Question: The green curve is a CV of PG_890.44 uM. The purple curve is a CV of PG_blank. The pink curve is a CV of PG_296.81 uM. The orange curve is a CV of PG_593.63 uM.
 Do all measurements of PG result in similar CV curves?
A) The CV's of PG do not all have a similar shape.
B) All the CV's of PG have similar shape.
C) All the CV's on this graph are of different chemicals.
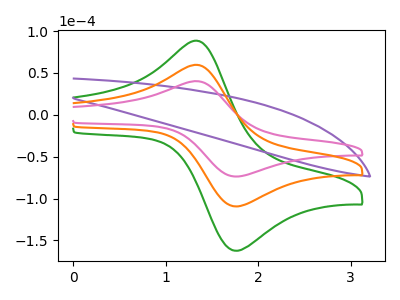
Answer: <think>The green curve "PG_890.44 uM" has an anodic peak at (1.35V, 117.90uA) and a cathodic peak at (1.80V, -218.60uA). The purple curve "PG_blank" has no peaks. The pink curve "PG_296.81 uM" has an anodic peak at (1.35V, 39.75uA) and a cathodic peak at (1.80V, -73.65uA). The orange curve "PG_593.63 uM" has an anodic peak at (1.35V, 58.95uA) and a cathodic peak at (1.80V, -109.30uA).
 "PG_890.44 uM" and "PG_blank" have a different number of peaks. All the peaks in "PG_890.44 uM" have a peak in "PG_296.81 uM" at the same potential. Every peak in "PG_890.44 uM" is higher than every peak in "PG_296.81 uM". All the peaks in "PG_890.44 uM" have a peak in "PG_593.63 uM" at the same potential. Every peak in "PG_890.44 uM" is higher than every peak in "PG_593.63 uM". "PG_blank" and "PG_296.81 uM" have a different number of peaks. "PG_blank" and "PG_593.63 uM" have a different number of peaks. All the peaks in "PG_296.81 uM" have a peak in "PG_593.63 uM" at the same potential. Every peak in "PG_296.81 uM" is lower than every peak in "PG_593.63 uM".</think>
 <answer>B) All the CV's of "PG" have similar shape.</answer>
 <eval>B</eval>